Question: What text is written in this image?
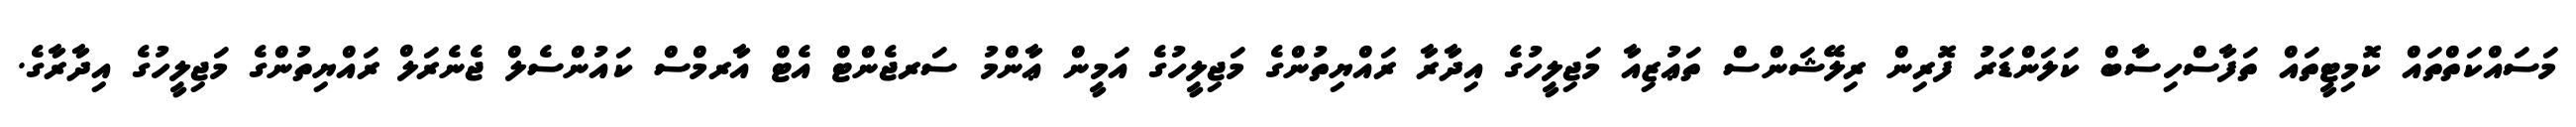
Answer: މަސައްކަތްތައް ކޮމިޓީތައް ތަފާސްހިސާބް ކަލަންޑަރު ފޮރިން ރިލޭޝަންސް ތަޢުޒިއާ މަޖިލީހުގެ އިދާރާ ރައްޔިތުންގެ މަޖިލީހުގެ އަމީން ޢާންމު ސަރޖެންޓް އެޓް އާރމްސް ކައުންސެލް ޖެނެރަލް ރައްޔިތުންގެ މަޖިލީހުގެ އިދާރާގެ.